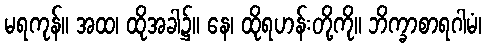
မရကုန်။ အထ၊ ထိုအခါ၌။ နေ၊ ထိုရဟန်းတို့ကို။ ဘိက္ခာစာရဂါမံ၊